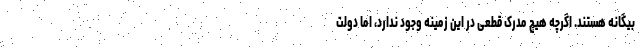
بیگانه هستند. اگرچه هیچ مدرک قطعی در این زمینه وجود ندارد، اما دولت